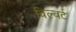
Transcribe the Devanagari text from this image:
विल्बर्ट